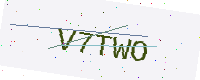
Text: V7TWO